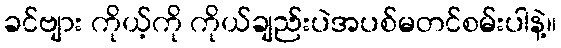
ခင်ဗျား ကိုယ့်ကို ကိုယ်ချည်းပဲအပစ်မတင်စမ်းပါနဲ့။